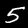
Digit: 5